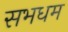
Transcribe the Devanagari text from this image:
सभधम